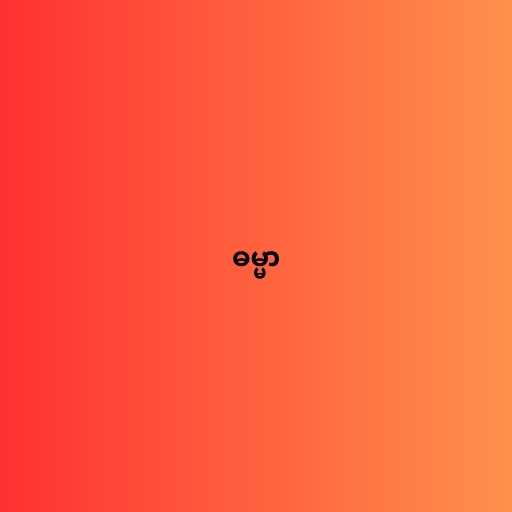
ဓမ္မာ